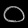
Digit: ၀